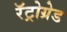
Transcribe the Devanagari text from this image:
रॅट्रोग्रेड